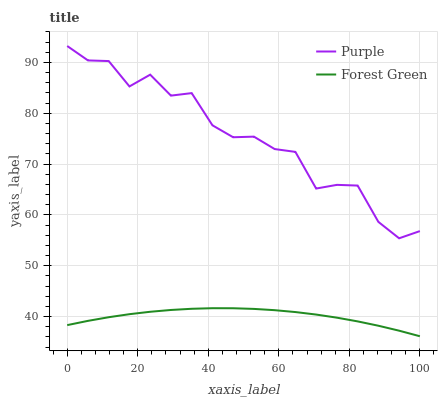
| xaxis_label | Purple | Forest Green |
 | --- | --- | --- |
 | 0 | 93.2 | 38.3 |
 | 5.88 | 90.4 | 39.2 |
 | 11.8 | 90.3 | 39.9 |
 | 17.6 | 85.3 | 40.5 |
 | 23.5 | 87.6 | 40.9 |
 | 29.4 | 83.5 | 41.3 |
 | 35.3 | 84 | 41.5 |
 | 41.2 | 77.6 | 41.6 |
 | 47.1 | 75.3 | 41.6 |
 | 52.9 | 75.4 | 41.5 |
 | 58.8 | 73 | 41.3 |
 | 64.7 | 72.4 | 40.9 |
 | 70.6 | 65.2 | 40.4 |
 | 76.5 | 65.9 | 39.8 |
 | 82.4 | 65.8 | 39 |
 | 88.2 | 58.6 | 38.2 |
 | 94.1 | 55.4 | 37.2 |
 | 100 | 56.8 | 36.1 |